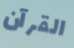
القرآن